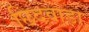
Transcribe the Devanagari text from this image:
छिदवाड़ा